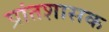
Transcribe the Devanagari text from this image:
प्रांतशासक